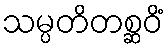
သမ္ပတိတစ္ဆဝိံ